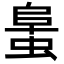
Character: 𧌛